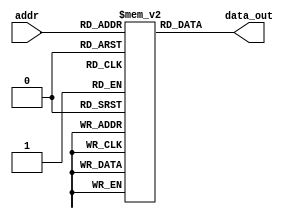
module InstMem (input [5:0] addr, output [31:0] data_out);

    reg [31:0] mem [0:63];
    initial begin        
        mem[0] = 32'b00000000000000000010000010000011;          //lw x1, 0(x0)
        mem[1] = 32'b000000000100_00000_010_00010_0000011;      //lw x2, 4(x0)
        mem[2] = 32'b00000001111000011000000110010011;          //addi x3, x3, 30
        mem[3] = 32'b111111111011_00011_000_00011_0010011;      //addi x3, x3, -5
        mem[4] = 32'b00000000001000001110001000110011;          //or x4, x1, x2
        mem[5] = 32'b0_000000_00011_00100_000_0100_0_1100011;   //beq x4, x3, 4
        mem[6] = 32'b00000000001000001000000010110011;          //add x1, x1, x2
        mem[7] = 32'b00000000010000000010011000100011;          //sw x4, 12(x0)
        mem[8] = 32'b000000001100_00000_010_00100_0000011 ;     //lw x4, 12(x0) //25
        mem[9] = 32'b00000000000000000101001010110111;          //lui x5, 5
        mem[10] = 32'b00000000000000000111001100010111;         //auipc x6, 7
        mem[11] = 32'b0_00000_00100_0_00000000_01001_1101111;   //jal x9, 4
        mem[12] = 32'b00000000010100000000001110010011;         //addi x7, x0, 5
        mem[13] = 32'b0000000_01001_00000_010_10000_0100011;    //sw x9, 16(x0)
        mem[14] = 32'b00000000000100100000001000010011;         //addi x4, x4, 1    
        mem[15] = 32'b00000001100_00000_000_01000_0000011;      // lb x8,12(x0) 
        mem[16] = 32'b00000001100_00000_000_01010_0000011;      // lh x10,12(x0)       
    end 

    assign data_out = mem[addr];

endmodule